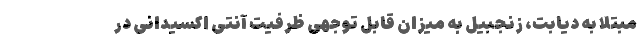
مبتلا به دیابت، زنجبیل به میزان قابل توجهی ظرفیت آنتی اکسیدانی در